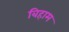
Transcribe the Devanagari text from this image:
बिहाम